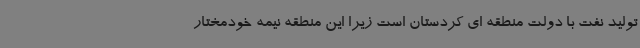
تولید نفت با دولت منطقه ای کردستان است زیرا این منطقه نیمه خودمختار